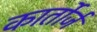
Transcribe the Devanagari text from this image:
कार्तोर्ज